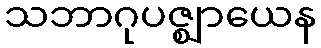
သဘာဂုပဇ္ဈာယေန